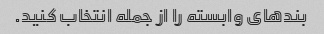
بندهای وابسته را از جمله انتخاب کنید.